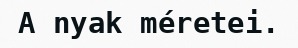
A nyak méretei.